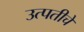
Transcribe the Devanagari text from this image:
उत्पतीचे